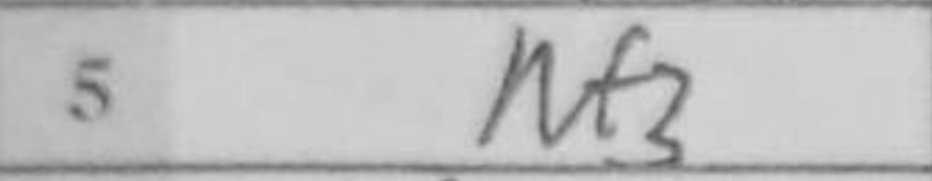
Transcription: Nf3